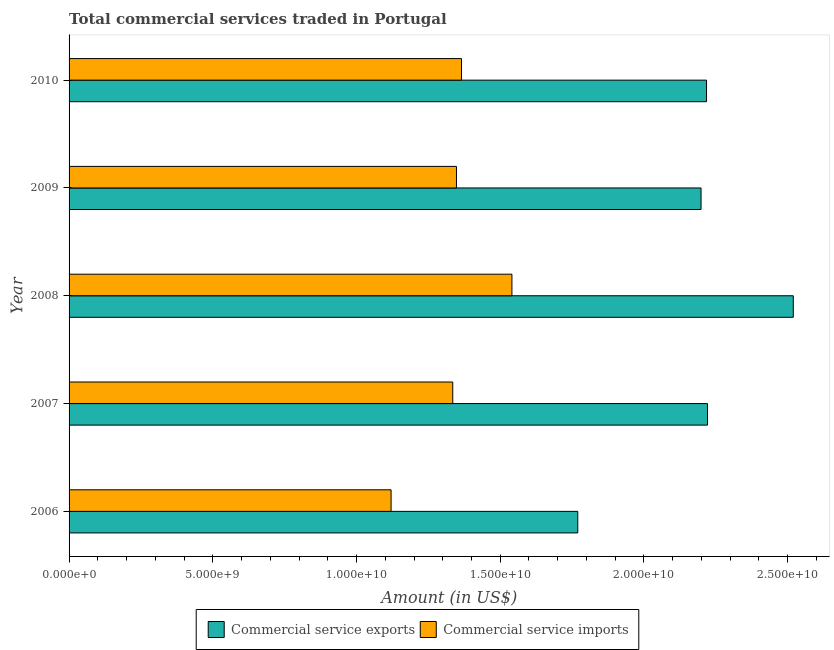
| Year | Commercial service exports | Commercial service imports |
 | --- | --- | --- |
 | 2006 | 1.77e+10 | 1.12e+10 |
 | 2007 | 2.22e+10 | 1.33e+10 |
 | 2008 | 2.52e+10 | 1.54e+10 |
 | 2009 | 2.2e+10 | 1.35e+10 |
 | 2010 | 2.22e+10 | 1.37e+10 |